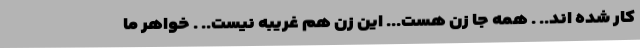
کار شده اند.. . همه جا زن هست... این زن هم غریبه نیست.. . خواهر ما